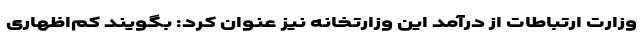
وزارت ارتباطات از درآمد این وزارتخانه نیز عنوان کرد: بگویند کم‌اظهاری